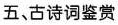
五、古诗词鉴赏